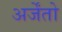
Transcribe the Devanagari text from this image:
अर्जेंतो